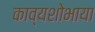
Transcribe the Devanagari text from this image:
काव्यशोभाया